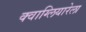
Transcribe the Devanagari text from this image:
क्वाग्लियारेला